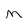
Character: m